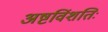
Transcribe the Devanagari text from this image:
अष्टविंशतिः